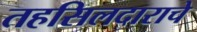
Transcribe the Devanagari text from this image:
तहसिलदाराचे